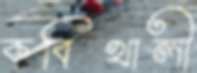
কবিখালী